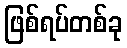
ဖြစ်ရပ်တစ်ခု